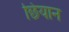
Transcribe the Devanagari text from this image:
छियान